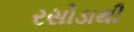
રસોડાથી